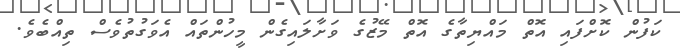
ކަފުން ކޮށްފައި އޮތް މައްޔިތާގެ އޮތް މޭޒުގެ ވަށާލައިގެން މީހުންތައް އެވަގުތުވެސް ތިއްބެވެ.